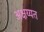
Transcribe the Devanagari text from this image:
अक्षय्यत